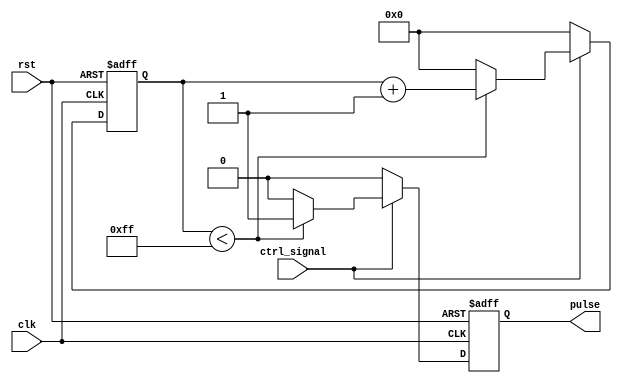
module pulse_width_generator(
    input wire clk,
    input wire rst,
    input wire ctrl_signal,
    output reg pulse
);

reg [7:0] timer;

always @(posedge clk or posedge rst) begin
    if (rst) begin
        timer <= 8'b00000000;
        pulse <= 1'b0;
    end else begin
        if (ctrl_signal) begin
            if (timer < 8'b11111111) begin
                timer <= timer + 1;
                pulse <= 1'b1;
            end else begin
                timer <= 8'b00000000;
                pulse <= 1'b0;
            end
        end else begin
            timer <= 8'b00000000;
            pulse <= 1'b0;
        end
    end
end

endmodule